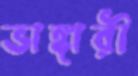
ভাঙ্গারী